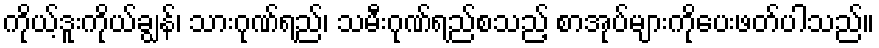
ကိုယ့်ဒူးကိုယ်ချွန်၊ သားဂုဏ်ရည်၊ သမီးဂုဏ်ရည်စသည့် စာအုပ်များကိုပေးဖတ်ပါသည်။